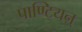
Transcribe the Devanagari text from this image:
पाण्टियऩ्